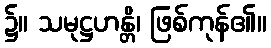
၌။ သမုဋ္ဌဟန္တိ၊ ဖြစ်ကုန်၏။